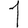
Digit: 1